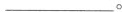
___。